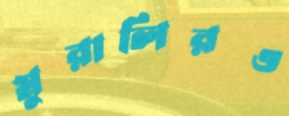
মুরালিরও